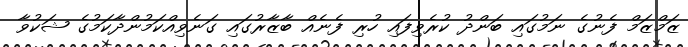
ޒަމްޒަމް ފެނުގެ ނަމުގައި ބަންދު ކުރެވިފައި ހުރި ފެނެއް ބާޒާރުގައި ގަނެވިއްކަމުންދާކަމުގެ ޝަކުވާ